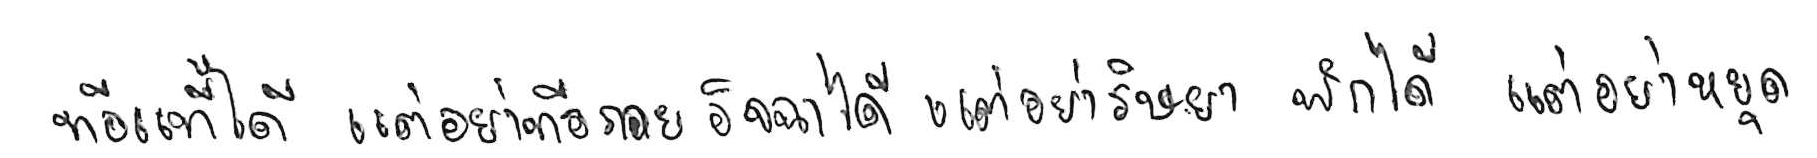
ท้อแท้ได้ แต่อย่าท้อถอย อิจฉาได้ แต่อย่าริษยา พักได้ แต่อย่าหยุด